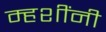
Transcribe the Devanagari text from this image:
म्हशींनी